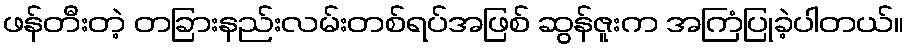
ဖန်တီးတဲ့ တခြားနည်းလမ်းတစ်ရပ်အဖြစ် ဆွန်ဇူးက အကြံပြုခဲ့ပါတယ်။